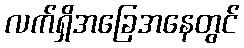
လက်ရှိအခြေအနေတွင်